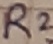
Text: R2